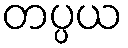
တပ္ပယ